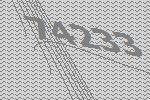
74233